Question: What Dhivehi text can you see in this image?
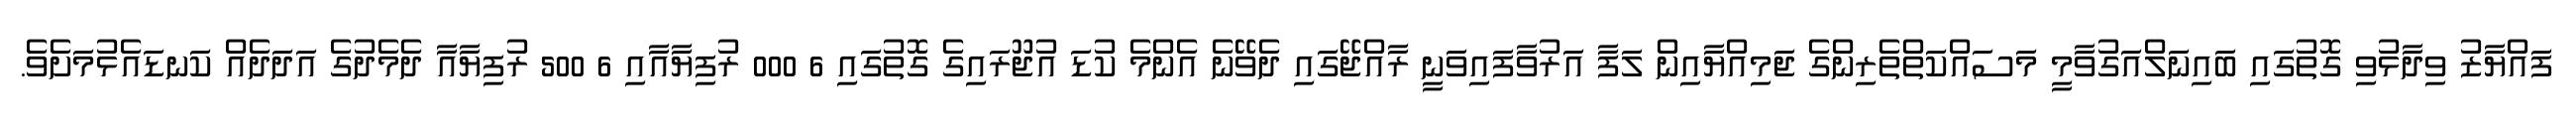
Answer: ފައްޔާޒު ވިދާޅުވި ގޮތުގައި ބައިނަލްއަގުވާމީ މަސައްކަތްތެރިންގެ ޖަމިއްޔާއިން ލަފާ އަރުވާފައިވަނީ ރާއްޖޭގައި ދެވޭނެ އެންމެ ކުޑަ އުޖޫރައިގެ ގޮތުގައި 6 000 ރުފިޔާއާއި 6 500 ރުފިޔާއާ ދެމެދުގެ އަދަދެއް ކަނޑައެޅުމަށެވެ.